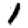
Digit: 1